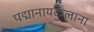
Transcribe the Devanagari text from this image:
पद्मानायकुलाना